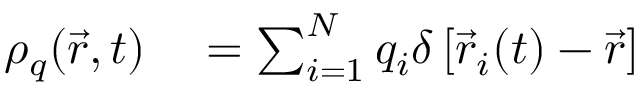
\begin{array} { r l } { \rho _ { q } ( \vec { r } , t ) } & { { } = \sum _ { i = 1 } ^ { N } q _ { i } \delta \left[ \vec { r } _ { i } ( t ) - \vec { r } \right] } \end{array}